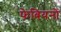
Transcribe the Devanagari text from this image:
फेबियनों